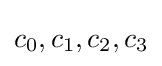
c_{0},c_{1},c_{2},c_{3}